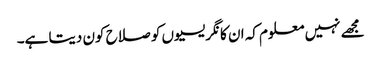
مجھے نہیں معلوم کہ ان کانگریسیوں کو صلاح کون دیتا ہے۔